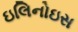
ઇલિનોઇસ